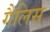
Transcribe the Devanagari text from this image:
गैलिस